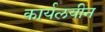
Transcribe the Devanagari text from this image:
कार्यलयीन